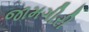
જામગીરી